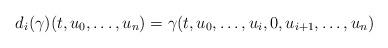
LaTeX: \begin{align*} d_i (\gamma)(t, u_0, \dots, u_n) = \gamma(t, u_0, \dots,u_i, 0, u_{i+1}, \dots, u_n) \end{align*}